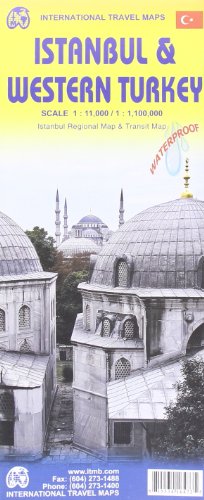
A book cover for Istanbul & Western Turkey 1:11 000/1,100,000 Include inset fo Istanbul Regional & Transit map; International Travel maps; Travel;